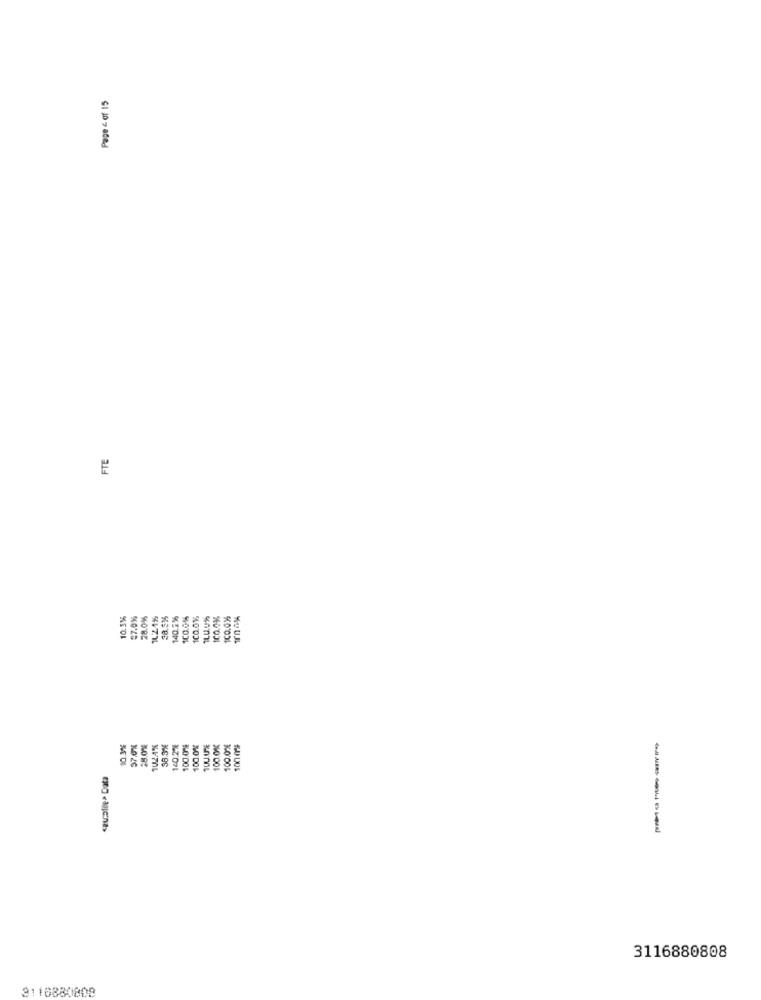
Page 4 of 15
FTE
10.3%
=7.0%
28.0%
140.2%
100.0%
100.0%
140.0%
100.0%5
10.3%
102.4%
140.2%
100.07₺
100.0%
100.0%
100.07€
100 0%
56
czualle> Data
3116880808
3116880808